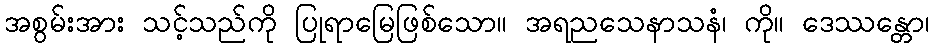
အစွမ်းအား သင့်သည်ကို ပြုရာမြေဖြစ်သော။ အရညသေနာသနံ၊ ကို။ ဒေဿန္တော၊